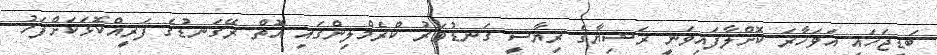
ބަޑިޖަހައި އަވަހާރަ ކޮށްލާފައިވަނީ ރަޝިޔާގެ ރިޔާސީ ގަނޑުވަރު ކްރެމްލިންގައި އޮތް ރޭގަނޑުގެ ފަރީއްކޮޅަކަށްފަހު